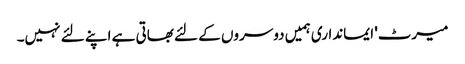
میرٹ' ایمانداری ہمیں دوسروں کے لئے بھاتی ہے اپنے لئے نہیں۔